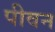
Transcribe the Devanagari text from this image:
पीवन